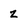
Character: z